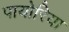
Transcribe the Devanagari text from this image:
पायोरिया